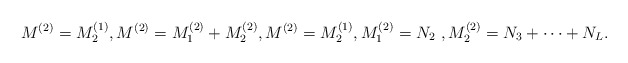
\begin{align*} M^{(2)} = M^{(1)}_2, M^{(2)} = M^{(2)} _1 + M^{(2)}_2, M^{(2)} = M^{(1)}_2 , M^{(2)}_1 = N_2~, M^{(2)}_2 = N_3 + \dots + N_L. \end{align*}